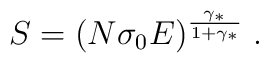
S = (N \sigma_0 E)^{\frac{\gamma_*}{1 + \gamma_*}} \; .